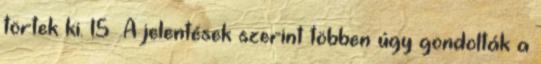
törtek ki. 15 A jelentések szerint többen úgy gondolták a